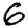
Digit: 6